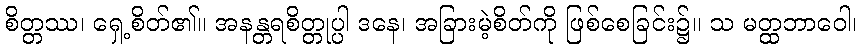
စိတ္တဿ၊ ရှေ့စိတ်၏။ အနန္တရစိတ္တုပ္ပါ ဒနေ၊ အခြားမဲ့စိတ်ကို ဖြစ်စေခြင်း၌။ သ မတ္ထဘာဝေါ၊